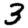
Digit: 3